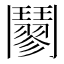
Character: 䰘